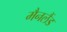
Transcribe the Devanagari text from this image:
मैनलैंड